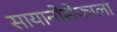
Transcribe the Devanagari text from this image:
सायानोसेफाला